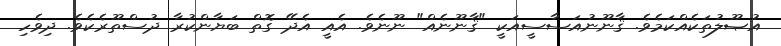
އުޞޫލުތަކެއްކަމެވެ. ޤާނޫނުއަސާސީއަކީ "ޤާނޫނެއް" ނޫނެވެ. އެއީ އެދޭ ގޮތް ބަޔާންކުރާ ދުސްތޫރެކެވެ. ދިވެހި